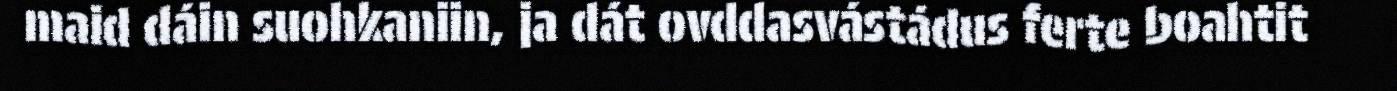
maid dáin suohkaniin, ja dát ovddasvástádus ferte boahtit